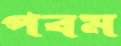
পবম